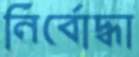
নির্বোদ্ধা